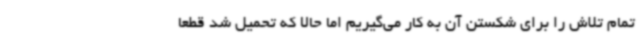
تمام تلاش را برای شکستن آن به کار می‌گیریم اما حالا که تحمیل شد قطعاً